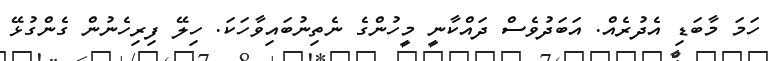
ހަމަ މާބަޑި އެދުރެއް. އަބަދުވެސް ދައްކާނީ މީހުންގެ ނެތިނުބައިވާހަކަ. ހިލޭ ފިރިހެނުން ގެންގުޅޭ